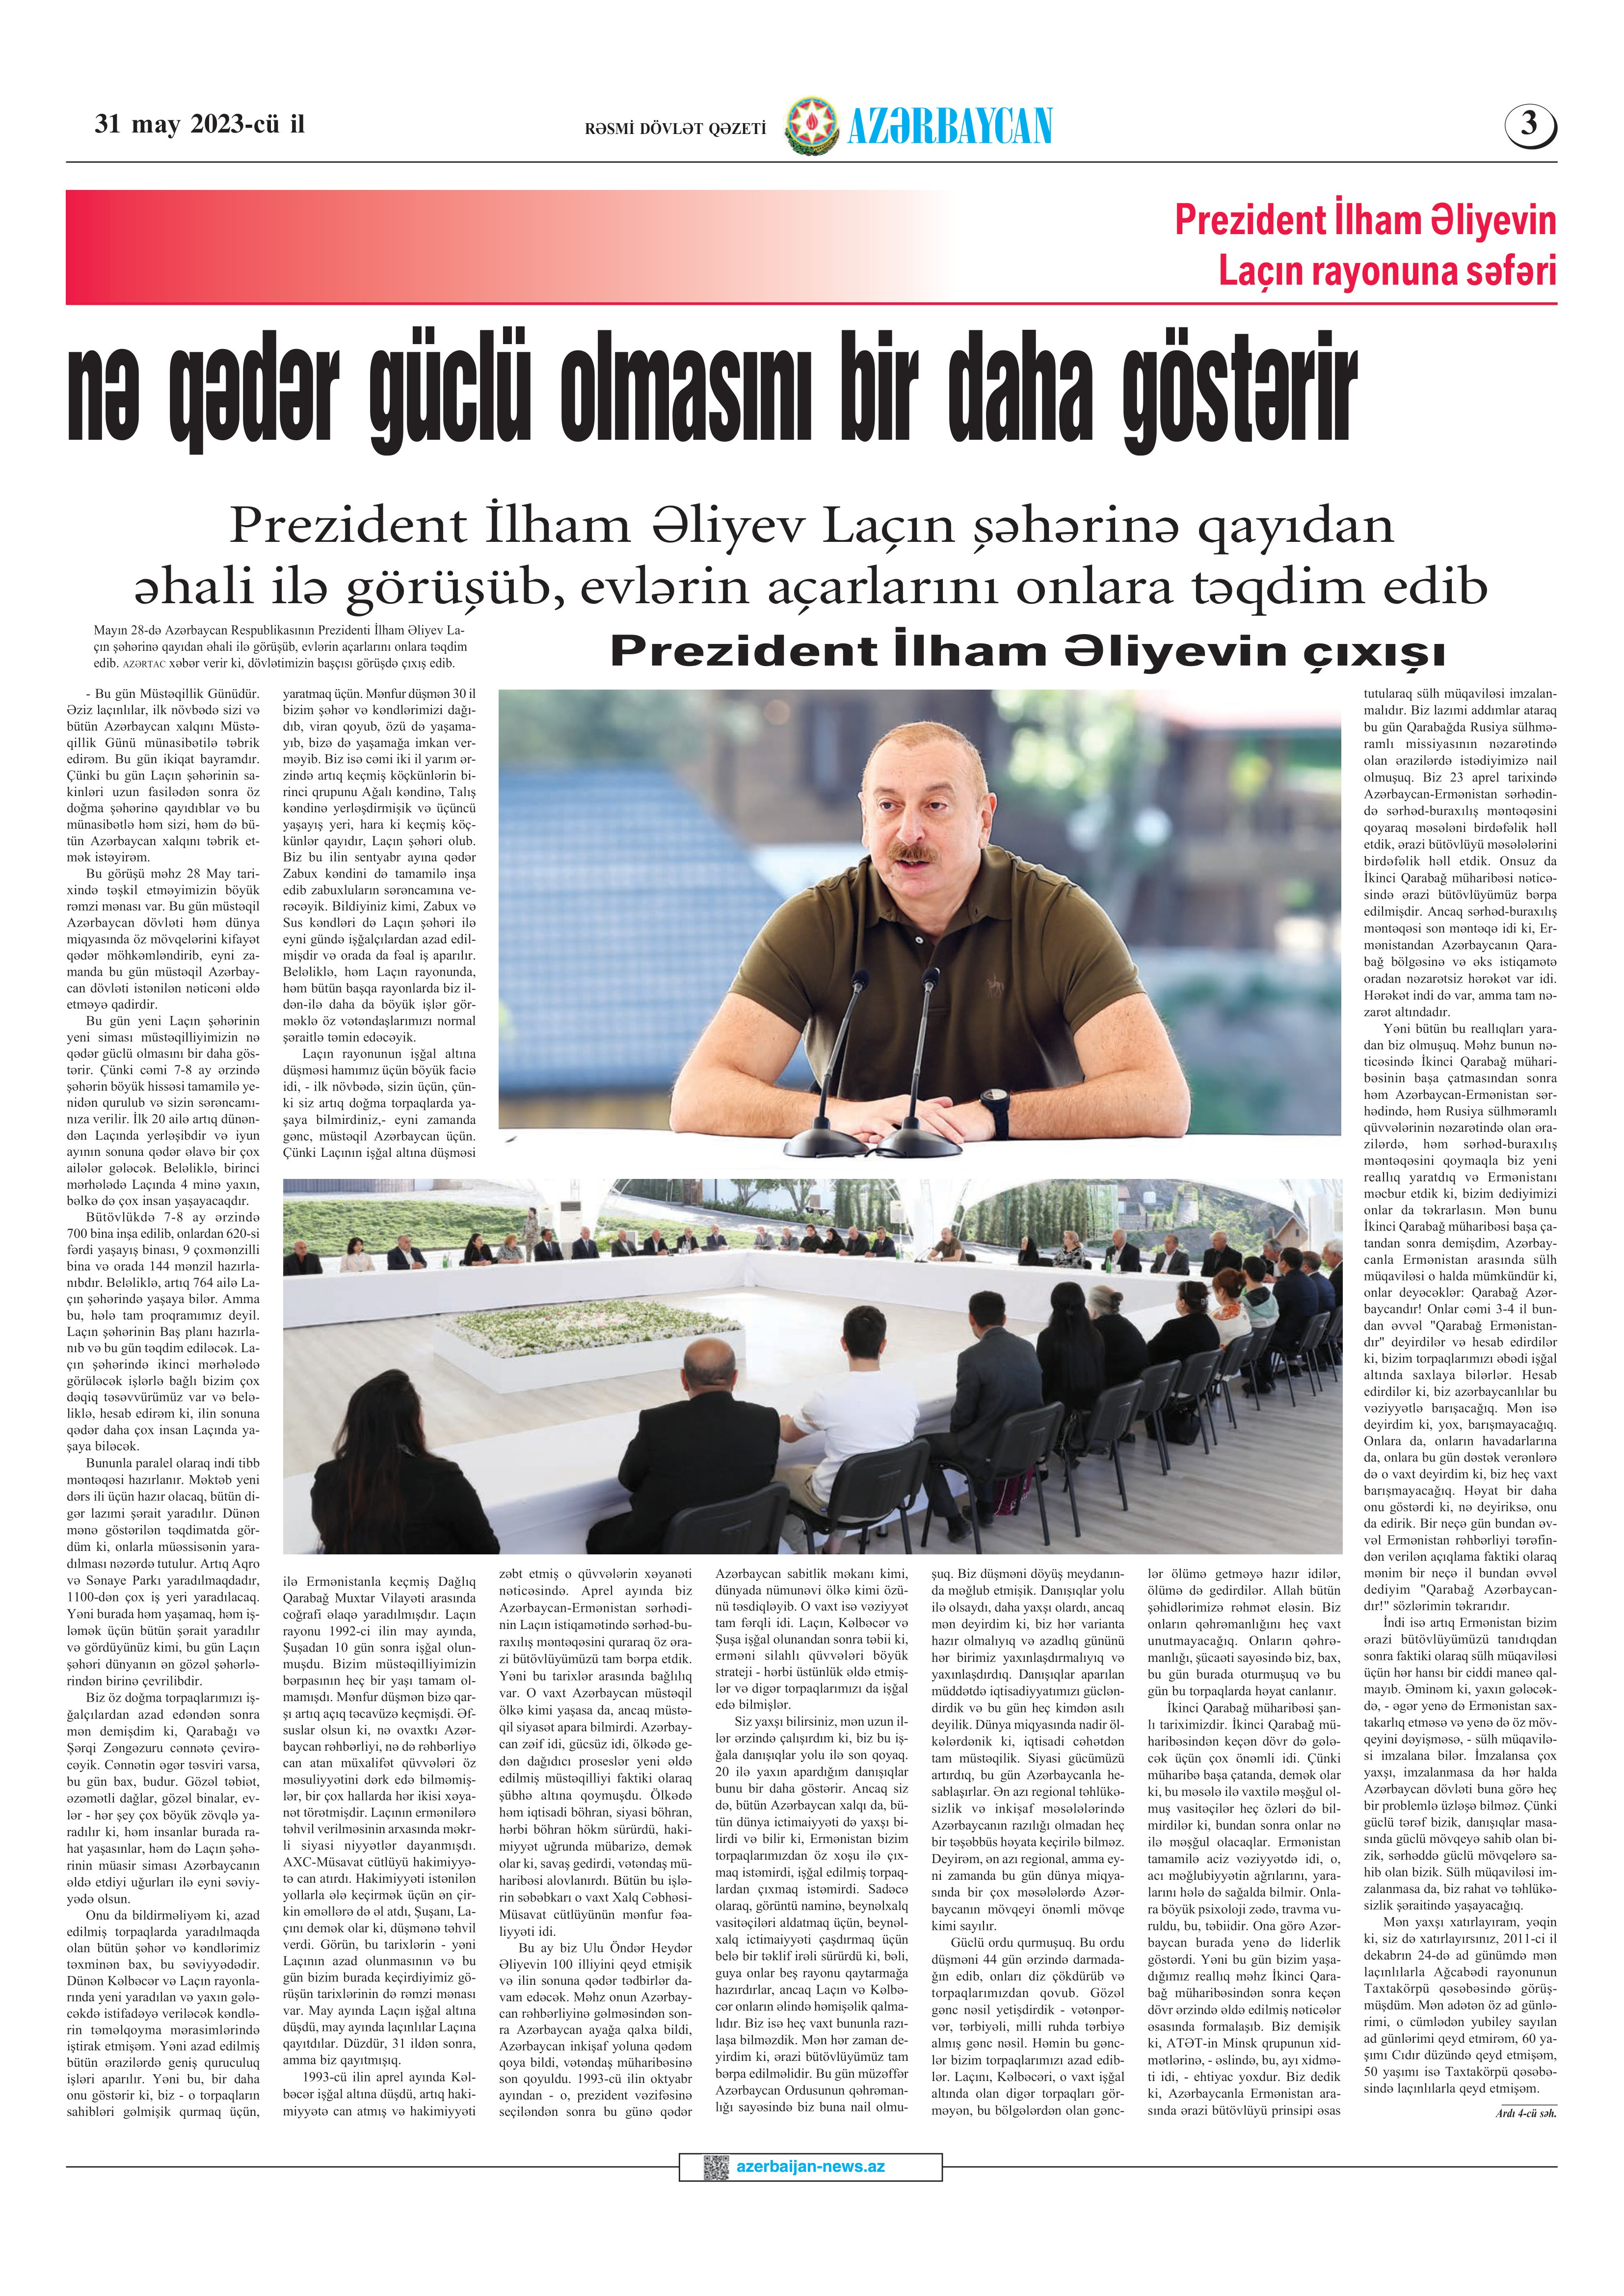
Language: az